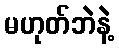
မဟုတ်ဘဲနဲ့